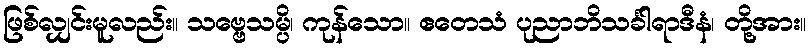
ဖြစ်လျှင်းမူလည်း။ သဗ္ဗေသမ္ပိ၊ ကုန်သော။ ဧတေသံ ပုညာဘိသင်္ခါရာဒီနံ၊ တို့အား။